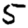
Digit: 5